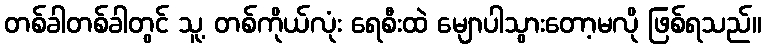
တစ်ခါတစ်ခါတွင် သူ့ တစ်ကိုယ်လုံး ရေစီးထဲ မျောပါသွားတော့မလို ဖြစ်ရသည်။